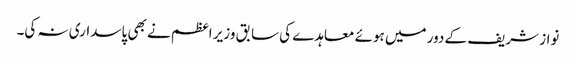
نواز شریف کے دور میں ہوئے معاہدے کی سابق وزیر اعظم نے بھی پاسداری نہ کی۔